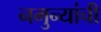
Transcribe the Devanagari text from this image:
नमुन्यांची